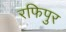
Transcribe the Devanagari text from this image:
रफिपुर